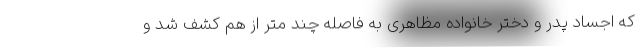
که اجساد پدر و دختر خانواده مظاهری به فاصله چند متر از هم کشف شد و